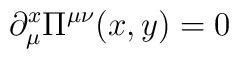
\partial^x_\mu \Pi^{\mu\nu}(x,y) = 0